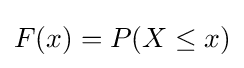
F(x)=P(X\leq x)